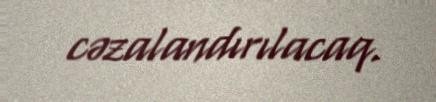
cəzalandırılacaq.